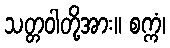
သတ္တဝါတို့အား။ စက္ကံ၊